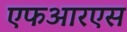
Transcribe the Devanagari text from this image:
एफआरएस